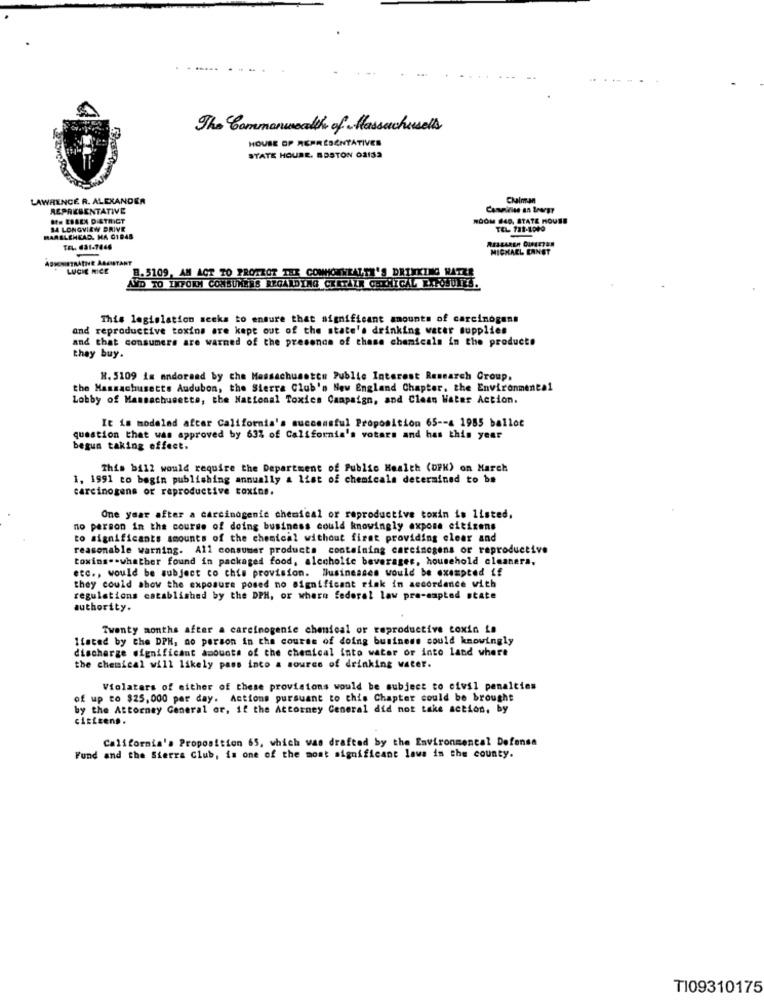
---
The Commonwealth of Massachusetts
HOUSE OF REPRESENTATIVES
STATE HOUSE. BOSTON 02132
LAWRENCE R. ALEXANDER
Chalman
REPRESENTATIVE
af. ESSEN DISTRICT
ROOM 840, STATE HOUSE
SA LONGVIEW DRIVE
MARBLEHEAD. MA 01948
TEL: 631-7666
MICHAEL ERNST
ADPENETRATHE ASSISTANT
LUCIE RICE
B. 5109, AM ACT TO PROTECT THE COMMONWEALTH'S DRINKING WATER
AND TO INFORM CONSUMERS REGARDING CERTAIN CHICHICAL EXFOJUNES.
This legislation seeks to ensure that significant amounts of carcinogens
and reproductive toxins are kept out of the state's drinking water supplies
and that consumers are warned of the presence of these chemicals in the products
they buy.
H. 5109 is andoraad by che Massachusetts Public Interest Research Group.
the Massachusetts Audubon, the Sierra Club's New England Chapter, the Environmental
Lobby of Massachusetts, the National Toxics Campaign, and Clean Water Action
It is modelnd afcar California's successful Proposition 65 -- 4 1985 ballot
question that was approved by 63% of California's votars and has this year
begun taking offect.
This bill would require the Department of Public Health (DFK) on March
1, 1991 to begin publishing annually a list of chemicals determined to be
carcinogens or reproductive toxins.
One year after a carcinogenic chemical or reproductive toxin is listed,
no person in the course of doing business could knowingly expone citizens
to significante amounts of the chemical without firat providing clear and
reasonable warning. All consumer products containing carcinogens or reproductive
toxins .- whather found in packaged food, alcoholic beverages, household cleanera,
etc ., would be subject co chis provision. Businesses would be exempted if
they could show the exposure posed no significant rink in accordance with
regulations catablished by the DPH, or where federal law pre-empted state
authority.
Twenty months after a carcinogenic chenical or reproductive toxin La
Itated by the DPH, no person in the course of doing business could knowingly
discharge significant amounts of the chemical into water or into land where
the chemical will likely pass into a source of drinking water.
Violatars of either of these provisions would be subject to civil penalties
of up to $25, 000 per day. Actions pursuant to this Chapter could be brought
by the Attorney General or, if the Attorney General did not take action, by
citizens.
California's Proposition 65, which was drafted by the Environmental Defense
Fund and the Sierra Club, is one of the most significant laws in the county.
TI09310175